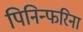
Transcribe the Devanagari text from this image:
पिनिन्फरिना